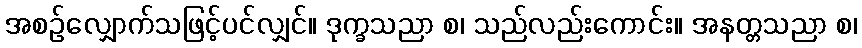
အစဉ်လျှောက်သဖြင့်ပင်လျှင်။ ဒုက္ခသညာ စ၊ သည်လည်းကောင်း။ အနတ္တသညာ စ၊